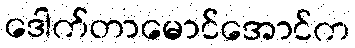
ဒေါက်တာမောင်အောင်က